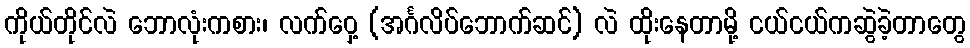
ကိုယ်တိုင်လဲ ဘောလုံးကစား၊ လက်ဝှေ့ (အင်္ဂလိပ်ဘောက်ဆင်) လဲ ထိုးနေတာမို့ ငယ်ငယ်ကဆွဲခဲ့တာတွေ